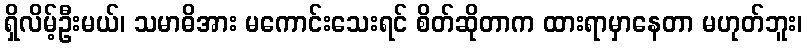
ရှိလိမ့်ဦးမယ်၊ သမာဓိအား မကောင်းသေးရင် စိတ်ဆိုတာက ထားရာမှာနေတာ မဟုတ်ဘူး၊